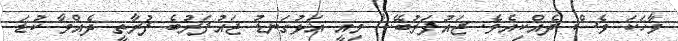
ވާހަކަ ވެސް ދެއްކިއެވެ. ޖައުފަރުބޭ..! މިއީ އަޅުގަނޑު ޖައުފަރުބެ ފުރާތީ ދެއްވާ ކުޑަ